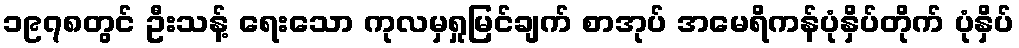
၁၉၇၈တွင် ဦးသန့် ရေးသော ကုလမှရှုမြင်ချက် စာအုပ် အမေရိကန်ပုံနှိပ်တိုက် ပုံနှိပ်